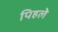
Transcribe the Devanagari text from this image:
पिहले